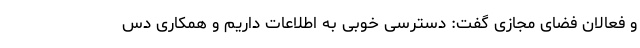
و فعالان فضای مجازی گفت: دسترسی خوبی به اطلاعات داریم و همکاری دس